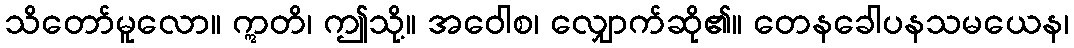
သိတော်မူလော။ ဣတိ၊ ဤသို့။ အဝေါစ၊ လျှောက်ဆို၏။ တေနခေါပနသမယေန၊